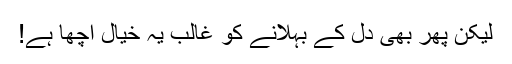
لیکن پھر بھی دل کے بہلانے کو غالب یہ خیال اچھا ہے!